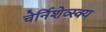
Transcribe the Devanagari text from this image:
चेर्निशेव्स्क्य